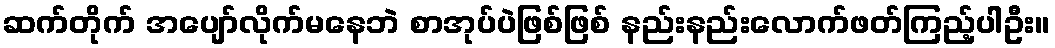
ဆက်တိုက် အပျော်လိုက်မနေဘဲ စာအုပ်ပဲဖြစ်ဖြစ် နည်းနည်းလောက်ဖတ်ကြည့်ပါဦး။